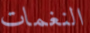
النغمات